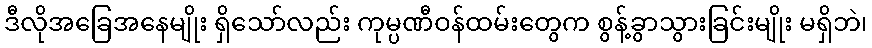
ဒီလိုအခြေအနေမျိုး ရှိသော်လည်း ကုမ္ပဏီဝန်ထမ်းတွေက စွန့်ခွာသွားခြင်းမျိုး မရှိဘဲ၊